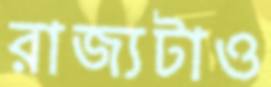
রাজ্যটাও